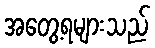
အတွေ့ရများသည်